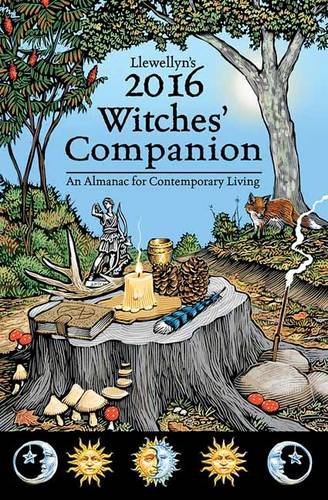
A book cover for Llewellyn's 2016 Witches' Companion: An Almanac for Contemporary Living (Llewellyns Witches Companion); Barbara Ardinger; Religion & Spirituality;